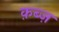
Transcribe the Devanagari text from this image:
क़ब्ज़